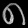
Digit: ၈